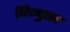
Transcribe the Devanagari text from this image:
बिन्दुसर